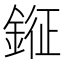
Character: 𨨨